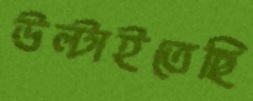
উল্‌টাইতেছি